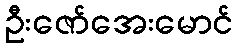
ဦးဇော်အေးမောင်